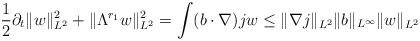
\begin{align*}\frac{1}{2}\partial_{t} \lVert w\rVert_{L^{2}}^{2} + \lVert \Lambda^{r_{1}} w\rVert_{L^{2}}^{2} = \int (b\cdot\nabla) j w \leq \lVert \nabla j\rVert_{L^{2}} \lVert b\rVert_{L^{\infty}} \lVert w\rVert_{L^{2}} \end{align*}